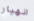
انهيار